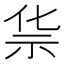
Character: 𰧲